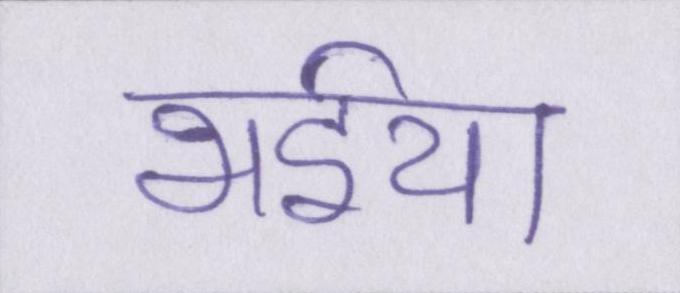
भईया